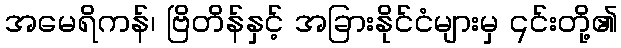
အမေရိကန်၊ ဗြိတိန်နှင့် အခြားနိုင်ငံများမှ ၎င်းတို့၏